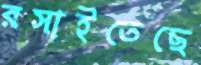
রসাইতেছে